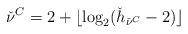
LaTeX: \begin{align*}\check \nu^C = 2 + \lfloor\log_2 (\check h_{\check \nu^C}-2) \rfloor\end{align*}